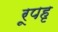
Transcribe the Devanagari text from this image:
रूपहृ